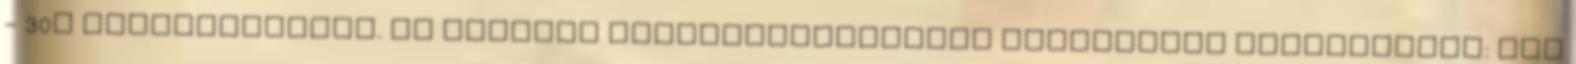
- 30s szabályozható. Az asztali függvénygenerátor frekvencia modulációja: Ext